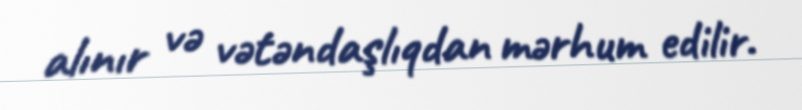
alınır və vətəndaşlıqdan mərhum edilir.